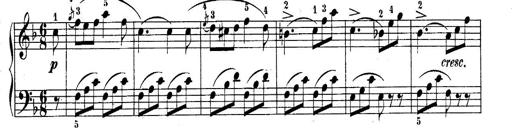
Title: 10 Sonatines progressives
Composer: Anton Schmoll